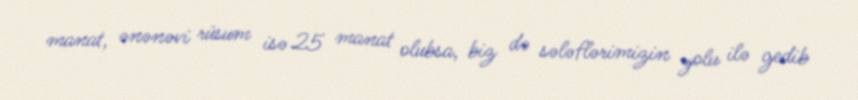
manat, ənənəvi rüsum isə 25 manat olubsa, biz də sələflərimizin yolu ilə gedib